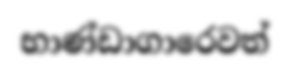
භාණ්ඩාගාරෙවත්